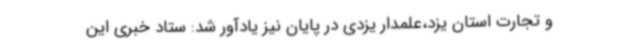
و تجارت استان یزد،علمدار یزدی در پایان نیز یادآور شد: ستاد خبری این